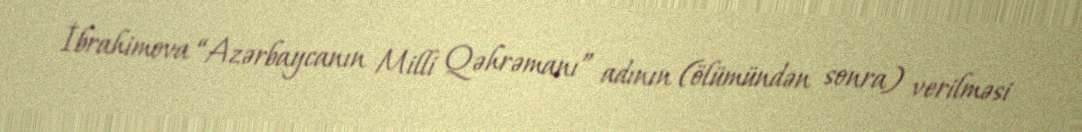
İbrahimova “Azərbaycanın Milli Qəhrəmanı” adının (ölümündən sonra) verilməsi